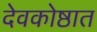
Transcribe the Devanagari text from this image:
देवकोष्ठात